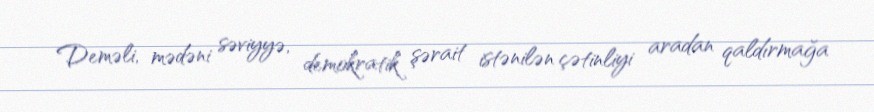
Deməli, mədəni səviyyə, demokratik şərait istənilən çətinliyi aradan qaldırmağa